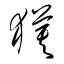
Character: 獏